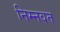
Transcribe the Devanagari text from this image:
निम्‍नवत